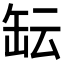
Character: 𱺱